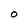
Character: O